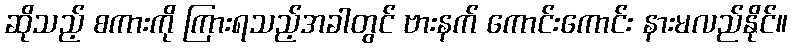
ဆိုသည့် စကားကို ကြားရသည့်အခါတွင် ဗားနက် ကောင်းကောင်း နားမလည်နိုင်။